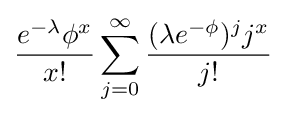
{\frac {e^{-\lambda }\phi ^{x}}{x!}}\sum _{j=0}^{\infty }{\frac {(\lambda e^{-\phi })^{j}j^{x}}{j!}}